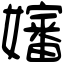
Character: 嬸